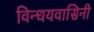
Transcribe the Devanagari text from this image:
विन्धयवासिनी